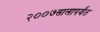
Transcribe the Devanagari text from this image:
२००७सालापर्यंत